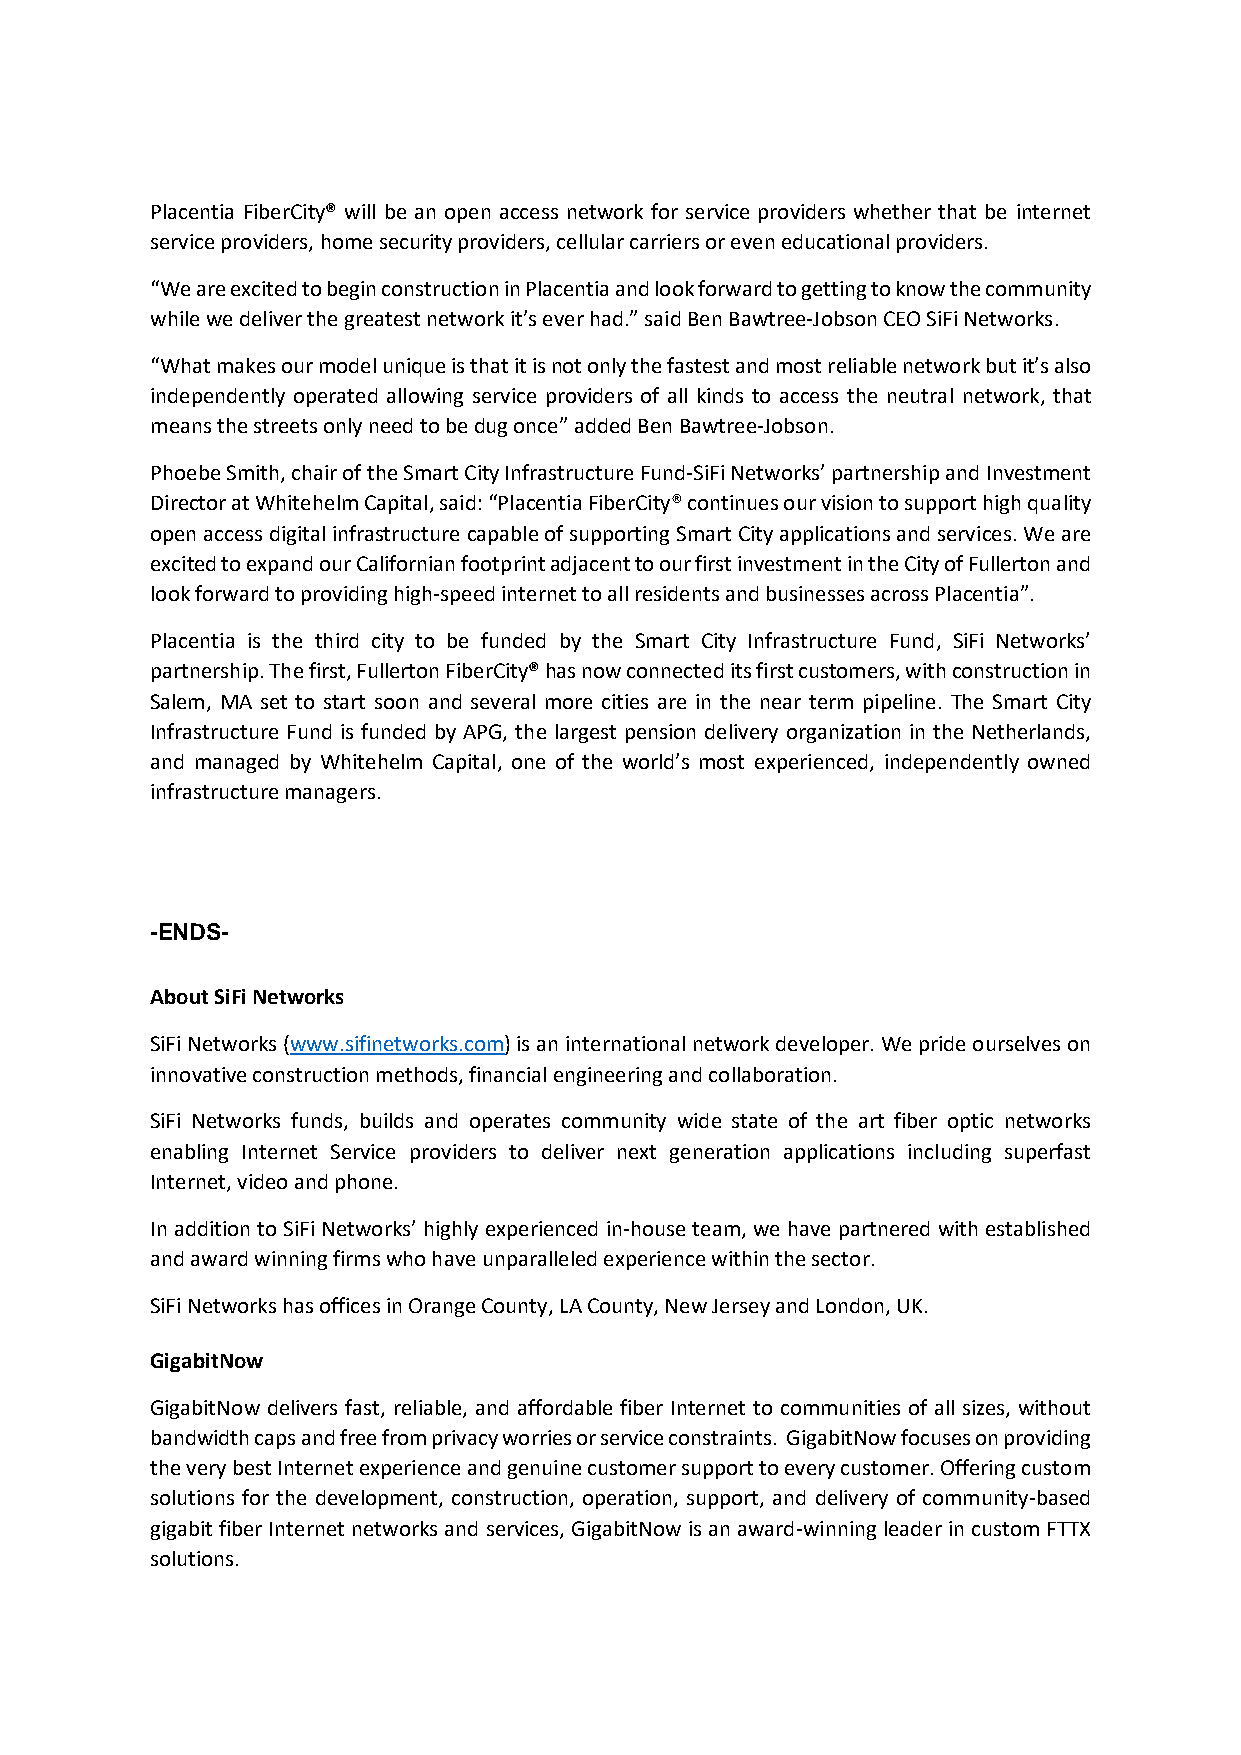
Placentia FiberCity® will be an open access network for service providers whether that be internet
 service providers, home security providers, cellular carriers or even educational providers.
 “We are excited to begin construction in Placentia and look forward to getting to know the community
 while we deliver the greatest network it’s ever had.” said Ben Bawtree-Jobson CEO SiFi Networks.
 “What makes our model unique is that it is not only the fastest and most reliable network but it’s also
 independently operated allowing service providers of all kinds to access the neutral network, that
 means the streets only need to be dug once” added Ben Bawtree-Jobson.
 Phoebe Smith, chair of the Smart City Infrastructure Fund-SiFi Networks’ partnership and Investment
 Director at Whitehelm Capital, said: “Placentia FiberCity® continues our vision to support high quality
 open access digital infrastructure capable of supporting Smart City applications and services. We are
 excited to expand our Californian footprint adjacent to our first investment in the City of Fullerton and
 look forward to providing high-speed internet to all residents and businesses across Placentia”.
 Placentia is the third city to be funded by the Smart City Infrastructure Fund, SiFi Networks’
 partnership. The first, Fullerton FiberCity® has now connected its first customers, with construction in
 Salem, MA set to start soon and several more cities are in the near term pipeline. The Smart City
 Infrastructure Fund is funded by APG, the largest pension delivery organization in the Netherlands,
 and managed by Whitehelm Capital, one of the world’s most experienced, independently owned
 infrastructure managers.
 -ENDS-
 About SiFi Networks
 SiFi Networks (www.sifinetworks.com) is an international network developer. We pride ourselves on
 innovative construction methods, financial engineering and collaboration.
 SiFi Networks funds, builds and operates community wide state of the art fiber optic networks
 enabling Internet Service providers to deliver next generation applications including superfast
 Internet, video and phone.
 In addition to SiFi Networks’ highly experienced in-house team, we have partnered with established
 and award winning firms who have unparalleled experience within the sector.
 SiFi Networks has offices in Orange County, LA County, New Jersey and London, UK.
 GigabitNow
 GigabitNow delivers fast, reliable, and affordable fiber Internet to communities of all sizes, without
 bandwidth caps and free from privacy worries or service constraints. GigabitNow focuses on providing
 the very best Internet experience and genuine customer support to every customer. Offering custom
 solutions for the development, construction, operation, support, and delivery of community-based
 gigabit fiber Internet networks and services, GigabitNow is an award-winning leader in custom FTTX
 solutions.